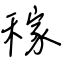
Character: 稼